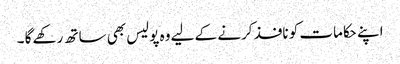
اپنے حکامات کو نافذ کرنے کے لیے وہ پولیس بھی ساتھ رکھے گا ۔